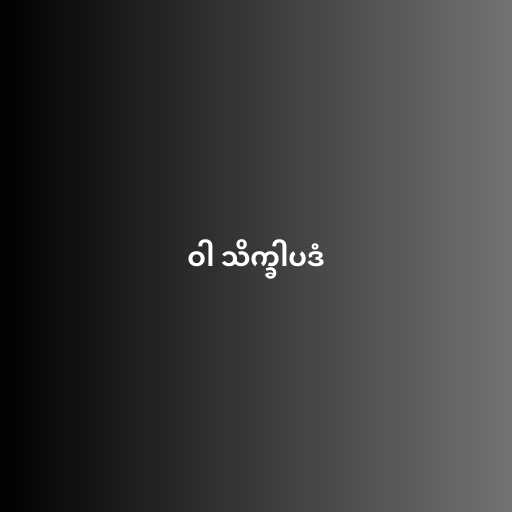
ဝါ သိက္ခါပဒံ